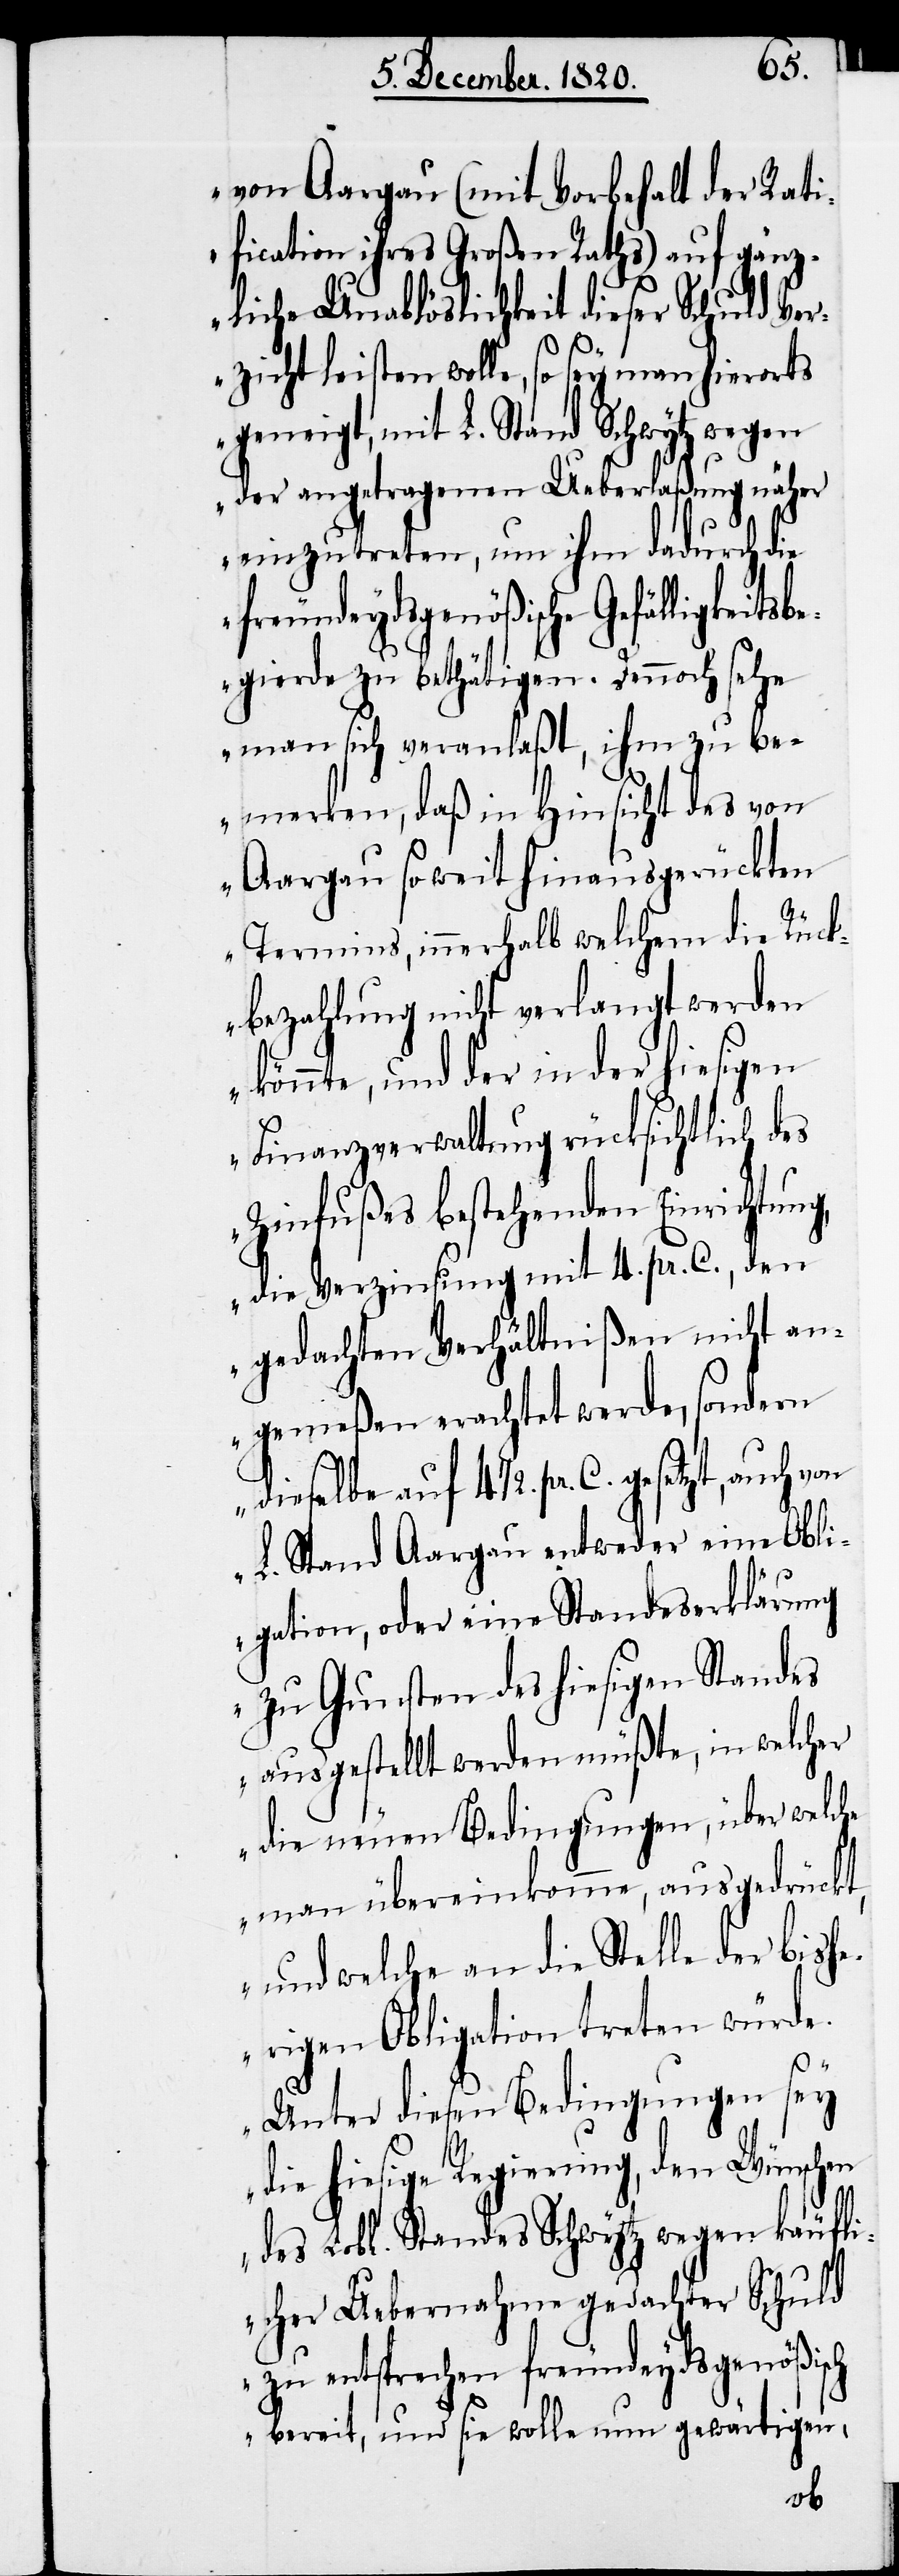
von Aargau (mit Vorbehalt der Rati¬
fication ihres Großen Raths) auf gänz¬
liche Unablöslichkeit dieser Schuld Ve¬
rzicht leisten wolle, so sey man hierorts
geneigt, mit L. Stand Schwytz wegen
der angetragenen Ueberlaßung näher
einzutreten, um ihm dadurch die
freundeydsgenößische Gefälligkeit¬
egierde zu bethätigen. Dennoch sehe
man sich veranlaßt, ihm zu be¬
merken, daß in Hinsicht des von
Aargau so weit hinausgerückten
Termins, innerhalb welchem die Rück¬
bezahlung nicht verlangt werden
könnte, und der in der hiesigen
Finanzverwaltung rücksichtlich des
Zinsfußes bestehenden Einrichtung,
die Verzinsung mit 4. pr. C., den
gedachten Verhältnißen nicht an¬
gemeßen erachtet werde, sondern
dieselbe auf 4 1/2. pr. C. gesetzt,
L. Stand Aargau entweder eine Obli¬
gation, oder eine Standeserklärung
zu Gunsten des hiesigen Standes
ausgestellt werden müßte, in welcher
die neuen Bedingungen, über welche
man übereinkomme, ausgedrückt,
und welche an die Stelle der bish¬
erigen Obligation treten würde.
Unter diesen Bedingungen sey
die hiesige Regierung, den Wünschen
des Lobl. Standes Schwytz wegen käufli¬
cher Uebernahme gedachter Schuld
zu entsprechen freundeydsgenößisch
bereit, und sie wolle nun gewärtigen,
sb¬